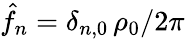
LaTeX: \hat{f}_{n}=\delta_{n,0}\, \rho_{0}/2\pi